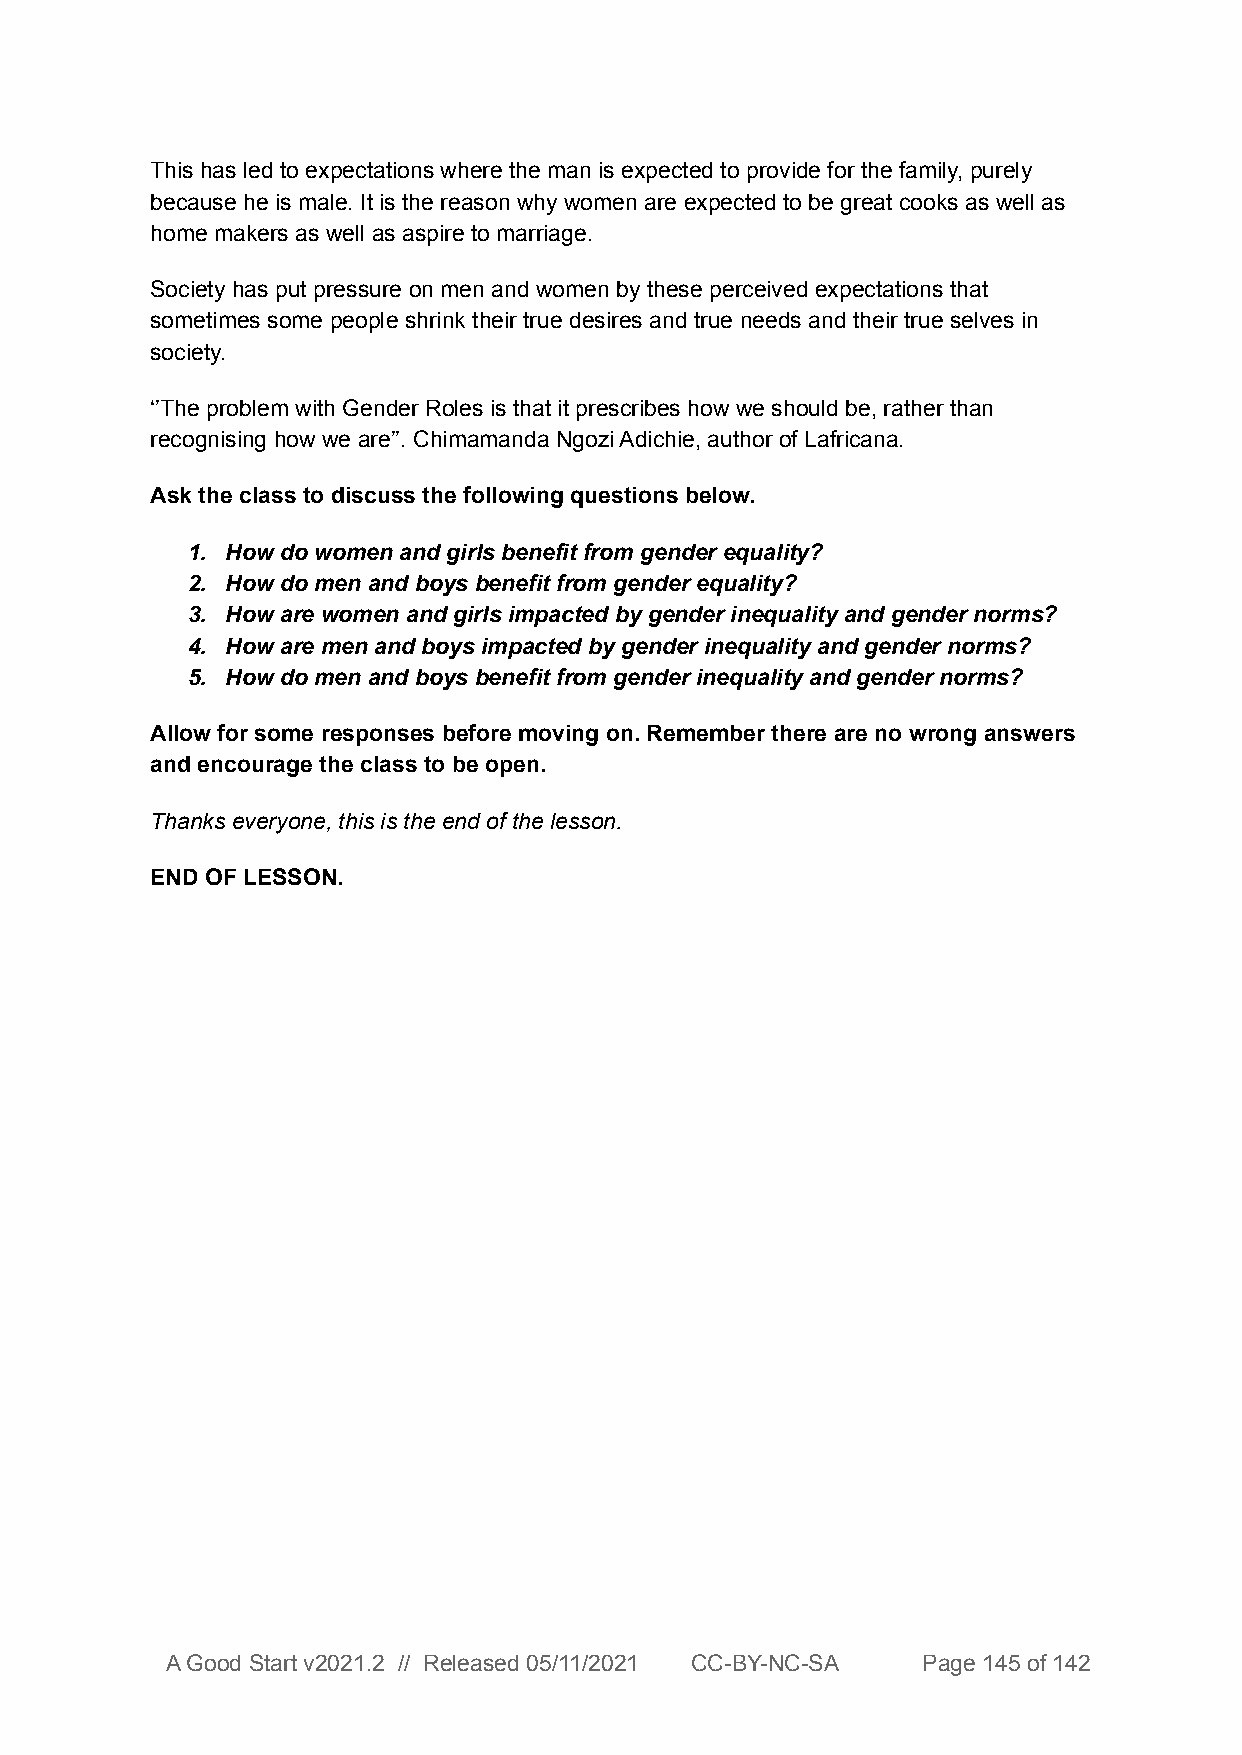
This has led to expectations where the man is expected to provide for the family, purely
 because he is male. It is the reason why women are expected to be great cooks as well as
 home makers as well as aspire to marriage.
 Society has put pressure on men and women by these perceived expectations that
 sometimes some people shrink their true desires and true needs and their true selves in
 society.
 ‘’The problem with Gender Roles is that it prescribes how we should be, rather than
 recognising how we are’’. Chimamanda Ngozi Adichie, author of Lafricana.
 Ask the class to discuss the following questions below.
 1. How do women and girls benefit from gender equality?
 2. How do men and boys benefit from gender equality?
 3. How are women and girls impacted by gender inequality and gender norms?
 4. How are men and boys impacted by gender inequality and gender norms?
 5. How do men and boys benefit from gender inequality and gender norms?
 Allow for some responses before moving on. Remember there are no wrong answers
 and encourage the class to be open.
 Thanks everyone, this is the end of the lesson.
 END OF LESSON.
 A Good Start v2021.2 // Released 05/11/2021 CC-BY-NC-SA Page 145 of 142